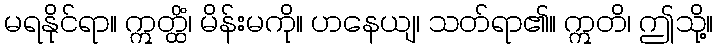
မရနိုင်ရာ။ ဣတ္ထိံ၊ မိန်းမကို။ ဟနေယျ၊ သတ်ရာ၏။ ဣတိ၊ ဤသို့။